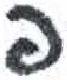
אות: פ